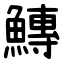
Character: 鱄